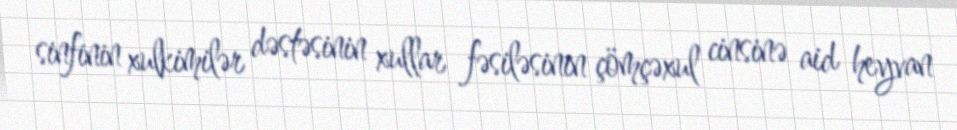
sinfinin xulkimilər dəstəsinin xullar fəsiləsinin çömçəxul cinsinə aid heyvan